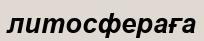
литосфераға